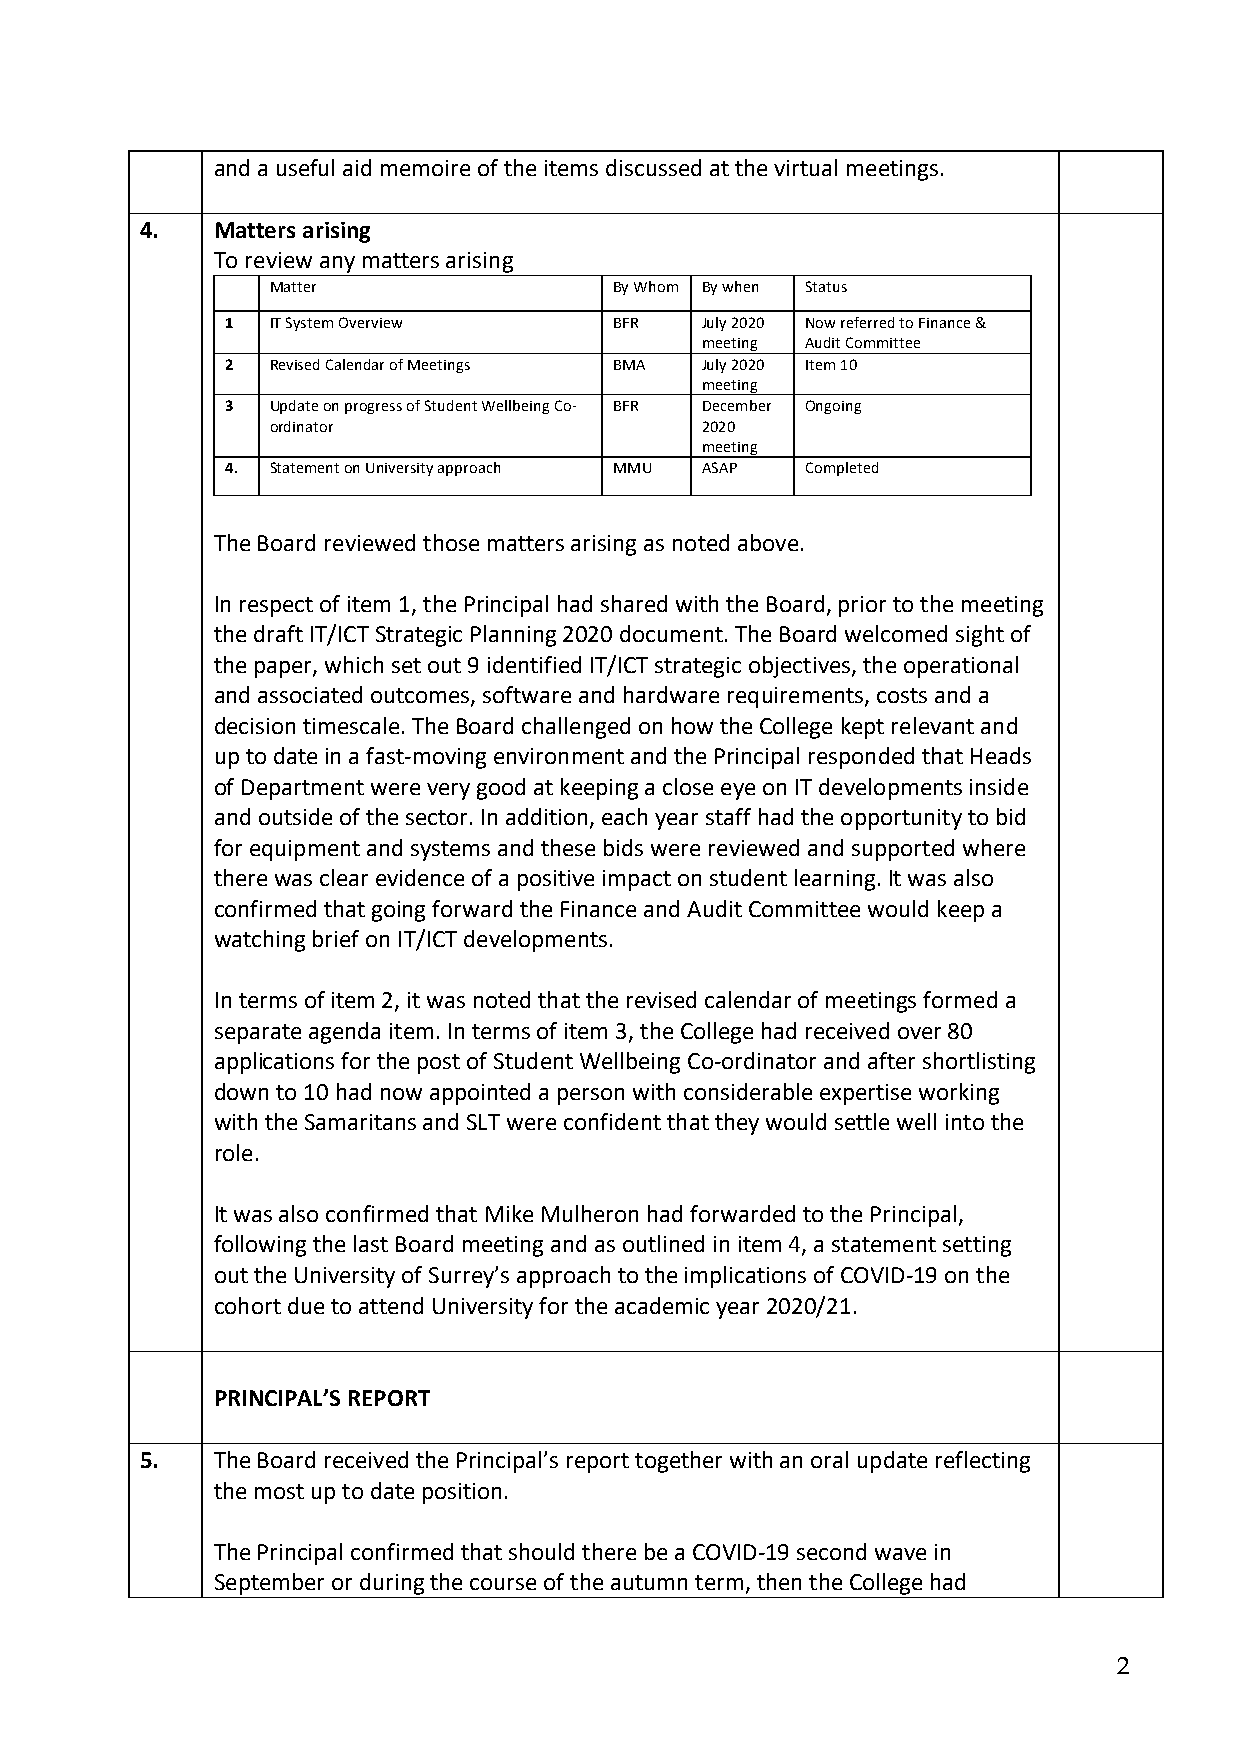
and a useful aid memoire of the items discussed at the virtual meetings.
 4.   Matters arising
 To review any matters arising
 Matter                 By Whom By when Status
 1  IT System Overview     BFR  July 2020 Now referred to Finance &
 meeting Audit Committee
 2  Revised Calendar of Meetings BMA July 2020 Item 10
 meeting
 3  Update on progress of Student Wellbeing Co- BFR December Ongoing
 ordinator                   2020
 meeting
 4. Statement on University approach MMU ASAP Completed
 The Board reviewed those matters arising as noted above.
 In respect of item 1, the Principal had shared with the Board, prior to the meeting
 the draft IT/ICT Strategic Planning 2020 document. The Board welcomed sight of
 the paper, which set out 9 identified IT/ICT strategic objectives, the operational
 and associated outcomes, software and hardware requirements, costs and a
 decision timescale. The Board challenged on how the College kept relevant and
 up to date in a fast-moving environment and the Principal responded that Heads
 of Department were very good at keeping a close eye on IT developments inside
 and outside of the sector. In addition, each year staff had the opportunity to bid
 for equipment and systems and these bids were reviewed and supported where
 there was clear evidence of a positive impact on student learning. It was also
 confirmed that going forward the Finance and Audit Committee would keep a
 watching brief on IT/ICT developments.
 In terms of item 2, it was noted that the revised calendar of meetings formed a
 separate agenda item. In terms of item 3, the College had received over 80
 applications for the post of Student Wellbeing Co-ordinator and after shortlisting
 down to 10 had now appointed a person with considerable expertise working
 with the Samaritans and SLT were confident that they would settle well into the
 role.
 It was also confirmed that Mike Mulheron had forwarded to the Principal,
 following the last Board meeting and as outlined in item 4, a statement setting
 out the University of Surrey’s approach to the implications of COVID-19 on the
 cohort due to attend University for the academic year 2020/21.
 PRINCIPAL’S REPORT
 5.   The Board received the Principal’s report together with an oral update reflecting
 the most up to date position.
 The Principal confirmed that should there be a COVID-19 second wave in
 September or during the course of the autumn term, then the College had
 2